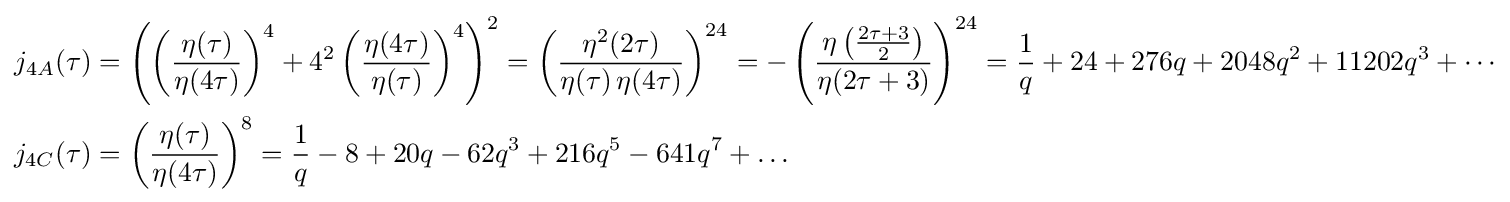
{\begin{aligned}j_{4A}(\tau )&=\left(\left({\frac {\eta (\tau )}{\eta (4\tau )}}\right)^{4}+4^{2}\left({\frac {\eta (4\tau )}{\eta (\tau )}}\right)^{4}\right)^{2}=\left({\frac {\eta ^{2}(2\tau )}{\eta (\tau )\,\eta (4\tau )}}\right)^{24}=-\left({\frac {\eta \left({\frac {2\tau +3}{2}}\right)}{\eta (2\tau +3)}}\right)^{24}={\frac {1}{q}}+24+276q+2048q^{2}+11202q^{3}+\cdots \\j_{4C}(\tau )&=\left({\frac {\eta (\tau )}{\eta (4\tau )}}\right)^{8}={\frac {1}{q}}-8+20q-62q^{3}+216q^{5}-641q^{7}+\ldots \\\end{aligned}}